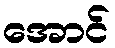
အောင်